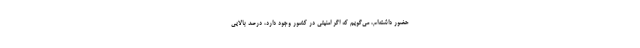
حضور داشته‌ام، می‌گویم که اگر امنیتی در کشور وجود دارد، درصد بالایی